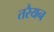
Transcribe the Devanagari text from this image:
तरैयन